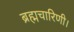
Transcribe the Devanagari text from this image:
ब्रह्मचारिणी।